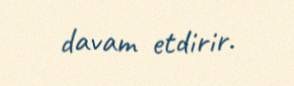
davam etdirir.